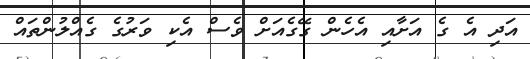
އަދި އެ ގެ އަށާއި އެހެން ގޭގެއަށް ވެސް އެކި ވަރުގެ ގެއްލުންތައް